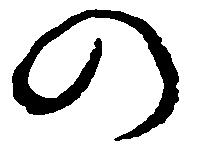
の